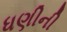
ધણીની